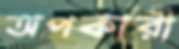
অপকারী